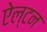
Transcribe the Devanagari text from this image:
ऐल्टन